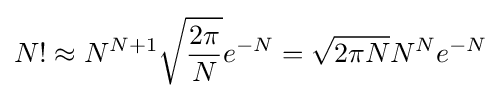
N!\approx N^{N+1}{\sqrt {\frac {2\pi }{N}}}e^{-N}={\sqrt {2\pi N}}N^{N}e^{-N}